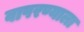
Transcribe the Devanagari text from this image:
वापरण्याला